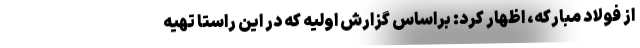
از فولاد مبارکه، اظهار کرد: براساس گزارش اولیه که در این راستا تهیه